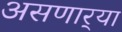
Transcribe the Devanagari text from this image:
असणार्‍या